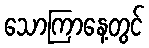
သောကြာနေ့တွင်